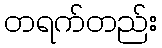
တရက်တည်း